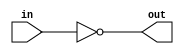
module NOT16(
    input [15:0] in,
    output [15:0] out
);

assign out = ~in;

endmodule